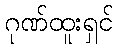
ဂုဏ်ထူးရှင်